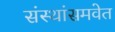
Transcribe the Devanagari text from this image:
संस्थांसमवेत